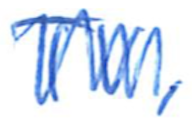
Text: TV,
Cross-out: zig-zag
Writing tool: ballpoint